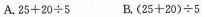
A.$$2 5 + 2 0 \div 5$$ B.$$(2 5 + 2 0) \div 5$$